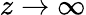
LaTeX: z\rightarrow\infty